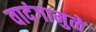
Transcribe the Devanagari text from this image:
वादंगामुळे